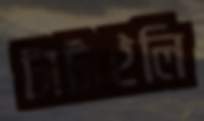
টাটাইলি